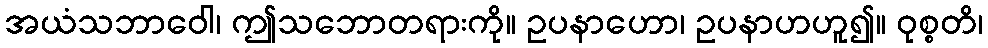
အယံသဘာဝေါ၊ ဤသဘောတရားကို။ ဥပနာဟော၊ ဥပနာဟဟူ၍။ ဝုစ္စတိ၊